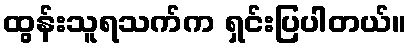
ထွန်းသူရသက်က ရှင်းပြပါတယ်။